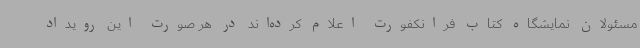
مسئولان نمایشگاه کتاب فرانکفورت اعلام کرده‌اند در هر صورت این رویداد